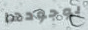
بوجودها